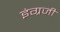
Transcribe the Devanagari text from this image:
इंंग्रजी